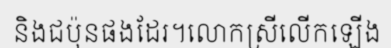
និងជប៉ុនផងដែរ។លោកស្រីលើកឡើង